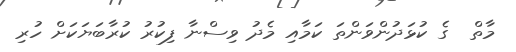
މާތް  ގެ ކުޅަދުންވަންތަ ކަމާއި މެދު ވިސްނާ ފިކުރު ކުރާބަޔަކަށް ހުރި